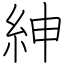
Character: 紳